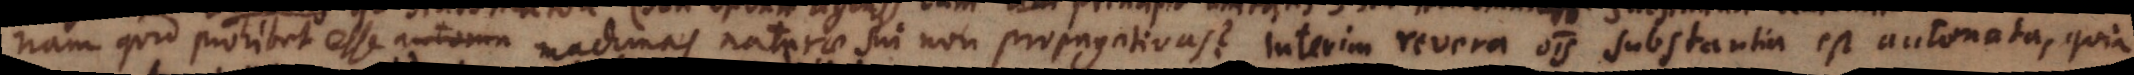
nam quid prohibet esse automa machinas naturae sui non propagativas? Interim revera omnis substantia est automata,